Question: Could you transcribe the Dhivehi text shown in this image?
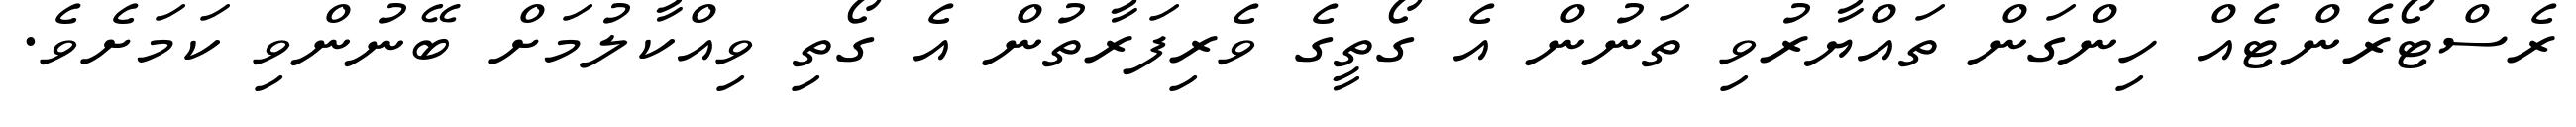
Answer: ރެސްޓޯރެންޓެއް ހިންގަން ތައްޔާރުވި ތަނުން އެ ގޯތީގެ ވެރިފަރާތުން އެ ގޯތި ވިއްކާލުމަށް ބޭނުންވި ކަމަށެވެ.